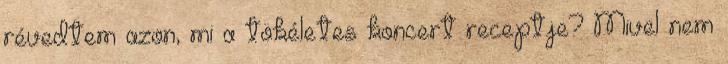
révedtem azon, mi a tökéletes koncert receptje? Mivel nem